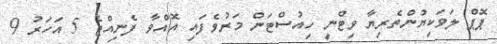
ޕޮޕް ލަވަކިޔުންތެރިޔާ ވިޓްނީ ހިއުސްޓަން މަރުވެފައި އޮއްވާ ފެނިއްޖެ 5 އަހަރު 9